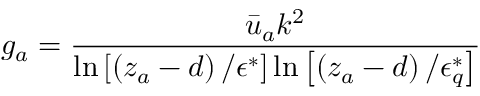
g _ { a } = \frac { \bar { u } _ { a } k ^ { 2 } } { \ln \left[ \left( z _ { a } - d \right) / \epsilon ^ { * } \right] \ln \left[ \left( z _ { a } - d \right) / \epsilon _ { q } ^ { * } \right] }